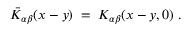
{ \bar { K } } _ { \alpha \beta } ( x - y ) \; = \; K _ { \alpha \beta } ( x - y , 0 ) \; .